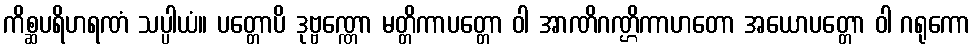
ကိစ္ဆပရိဟရဏံ သပ္ပါယံ။ ပတ္တောပိ ဒုဗ္ဗဏ္ဏော မတ္တိကာပတ္တော ဝါ အာဏိဂဏ္ဌိကာဟတော အယောပတ္တော ဝါ ဂရုကော